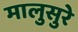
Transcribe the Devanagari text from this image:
मालुसुरे